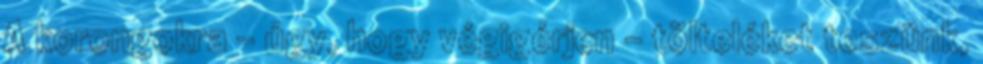
A korongokra - úgy, hogy végigérjen - tölteléket teszünk,